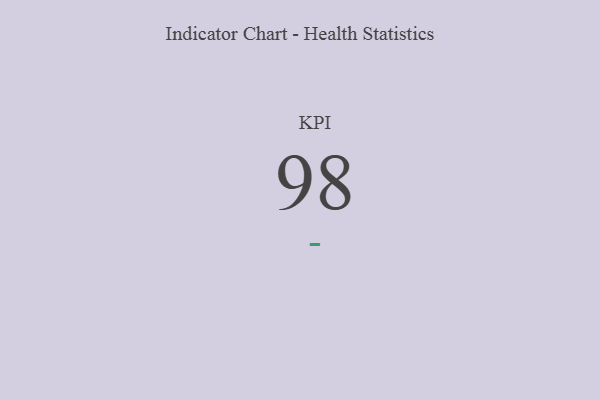
{"axis": {"x": "KPI", "y": "Value"}, "legend": [""], "data": [{"x": "KPI", "y": 98, "type": ""}]}